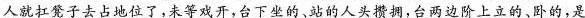
人就扛凳子去占地位了,未等戏开,台下坐的、站的人头攒拥,台两边阶上立的、卧的,是